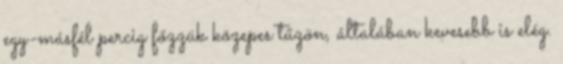
egy-másfél percig főzzük közepes tűzön, általában kevesebb is elég.